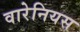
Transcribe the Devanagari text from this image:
वारेनियस